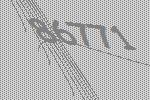
86771